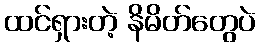
ထင်ရှားတဲ့ နိမိတ်တွေပဲ